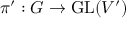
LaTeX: \pi ^ { \prime } : G \to { \mathrm { G L } } ( V ^ { \prime } )